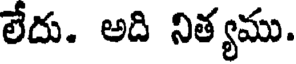
లేదు. అది నిత్యము.